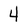
Character: 4